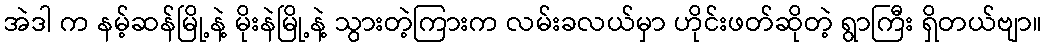
အဲဒါ က နမ့်ဆန်မြို့နဲ့ မိုးနဲမြို့နဲ့ သွားတဲ့ကြားက လမ်းခလယ်မှာ ဟိုင်းဖတ်ဆိုတဲ့ ရွာကြီး ရှိတယ်ဗျာ။